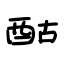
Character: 酤